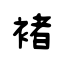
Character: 褚